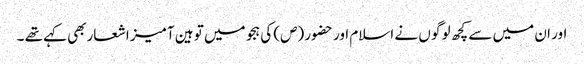
اور ان میں سے کچھ لو گو ں نے اسلام اور حضور (ص) کی ہجو میں تو ہین آمیز اشعاربھی کہے تھے ۔